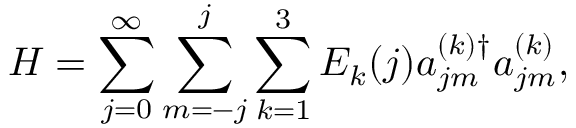
H = \sum _ { j = 0 } ^ { \infty } \sum _ { m = - j } ^ { j } \sum _ { k = 1 } ^ { 3 } E _ { k } ( j ) a _ { j m } ^ { ( k ) \dag } a _ { j m } ^ { ( k ) } ,